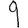
Digit: 9